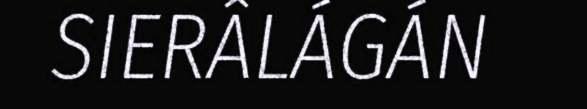
SIERÂLÁGÁN